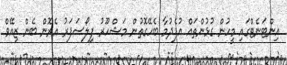
އިންޓަނެޓްގައި މީހުން ގުޅުންތައް އުފެދުމާ ބެހޭގޮތުން މަޝްހޫރު ފިލޯސަފަރު އެރޮން ބެން ޒިއޭވް